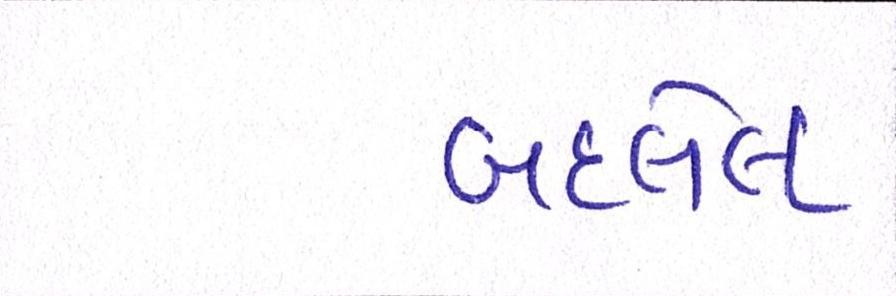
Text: બદલેલ